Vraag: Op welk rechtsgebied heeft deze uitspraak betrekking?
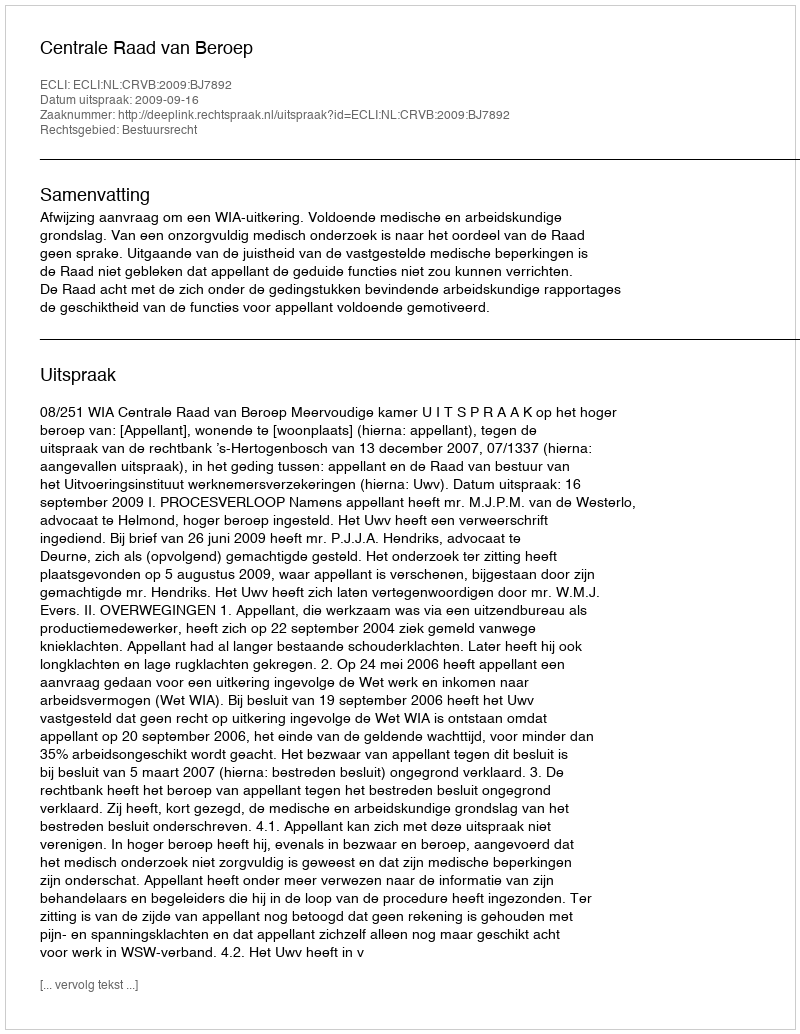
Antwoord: Bestuursrecht